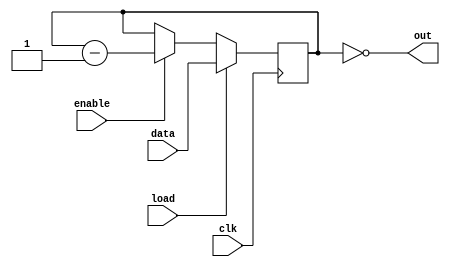
module timer_N_bits #(parameter N=4)
	(input clk,load,enable,
	input [N-1:0] data,
	output out);
	
	reg [N-1:0] count;
	
	always @(posedge clk)
		if (load) count <= data;
		else if (enable) count <= count - 1;
		else count <= count;
		
	assign out = (count==0);
endmodule